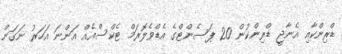
ޑްރިންކާއި އެނާޖީ ޑްރިންކުން 20 ޕަސެންޓްގެ އެޑްވެލޮރަމް ޓެކްސްއެއް އަންނަ އަހަރު ނަގަން